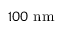
1 0 0 ~ \mathrm { { n m } }